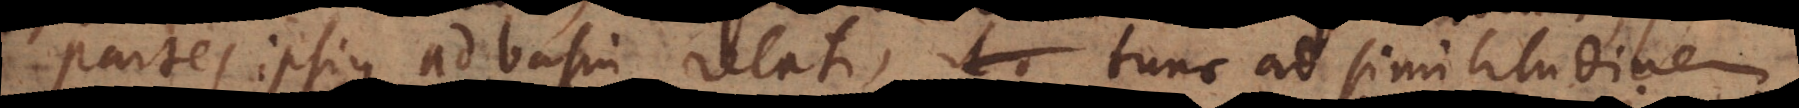
partes ipsius ad basin relati, tunc ad similitudinem